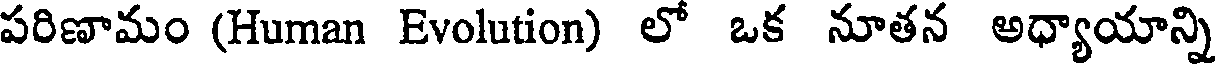
పరిణామం (Human Evolution) లో ఒక నూతన అధ్యాయాన్ని